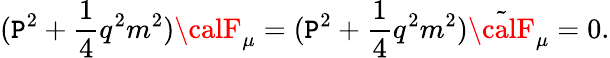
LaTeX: (\mathtt{P}^{2}+\frac{{1}}{{4}}q^{2}m^{2}){\calF}_{\mu}=(\mathtt{P}^{2}+\frac{{1}}{{4}}q^{2}m^{2}){\tilde{{\calF}}}_{\mu}=0.